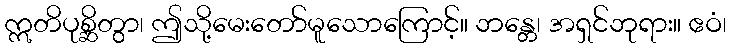
ဣတိပုစ္ဆိတွာ၊ ဤသို့မေးတော်မူသောကြောင့်။ ဘန္တေ၊ အရှင်ဘုရား။ ဧဝံ၊